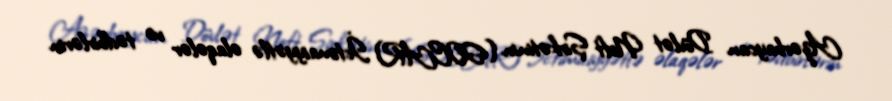
Azərbaycan Dövlət Neft Şirkətinin (SOCAR) İctimaiyyətlə əlaqələr və tədbirlərin